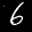
Label: 6